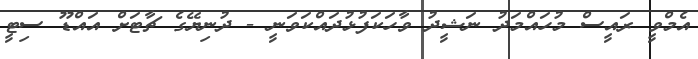
އެމްވީ ރައީސް މުހައްމަދު ނަޝީދު ވާހަކަފުޅުދައްކަވަނީ - ދުނިޔޭގެ ޗާޓަށް އައްޑޫ ސިޓީ